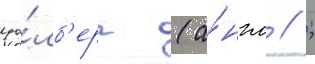
уо́лб'ерг (а́нгл // ;